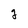
Character: g